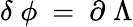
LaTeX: \delta\; \phi\ =\ \partial\; \Lambda